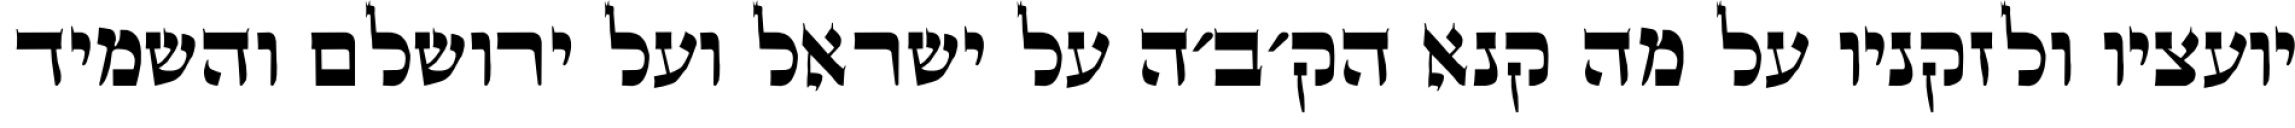
יועציו ולזקניו על מה קנא הק׳ב׳ה על ישראל ועל ירושלם והשמיד